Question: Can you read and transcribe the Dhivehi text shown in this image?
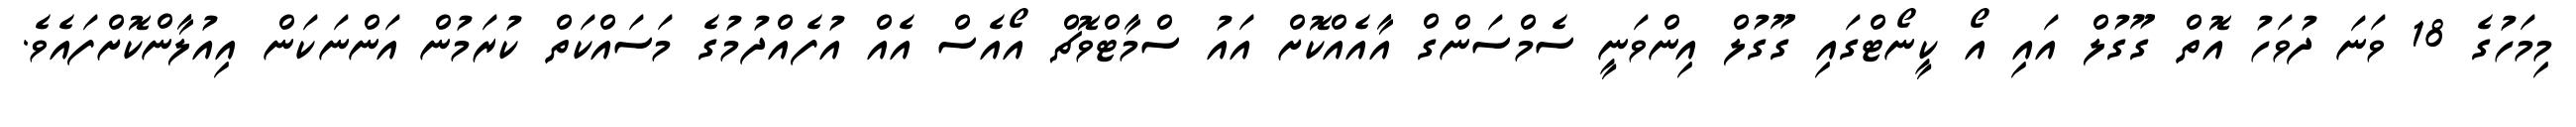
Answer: މިމަހުގެ 18 ވަނަ ދުވަހު އޮތް ގޫގުލް އައި އޯ ކީނޯޓްގައި ގޫގުލް އިންވަނީ ސެމްސަންގް އާއެއްކޮށް އައު ސްމާޓްވޮޗް އޯއެސް އެއް އުފެއްދުމުގެ މަސައްކަތް ކުރަމުން އަންނަކަން އިއުލާންކޮށްފައެވެ.